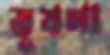
ভূষণা